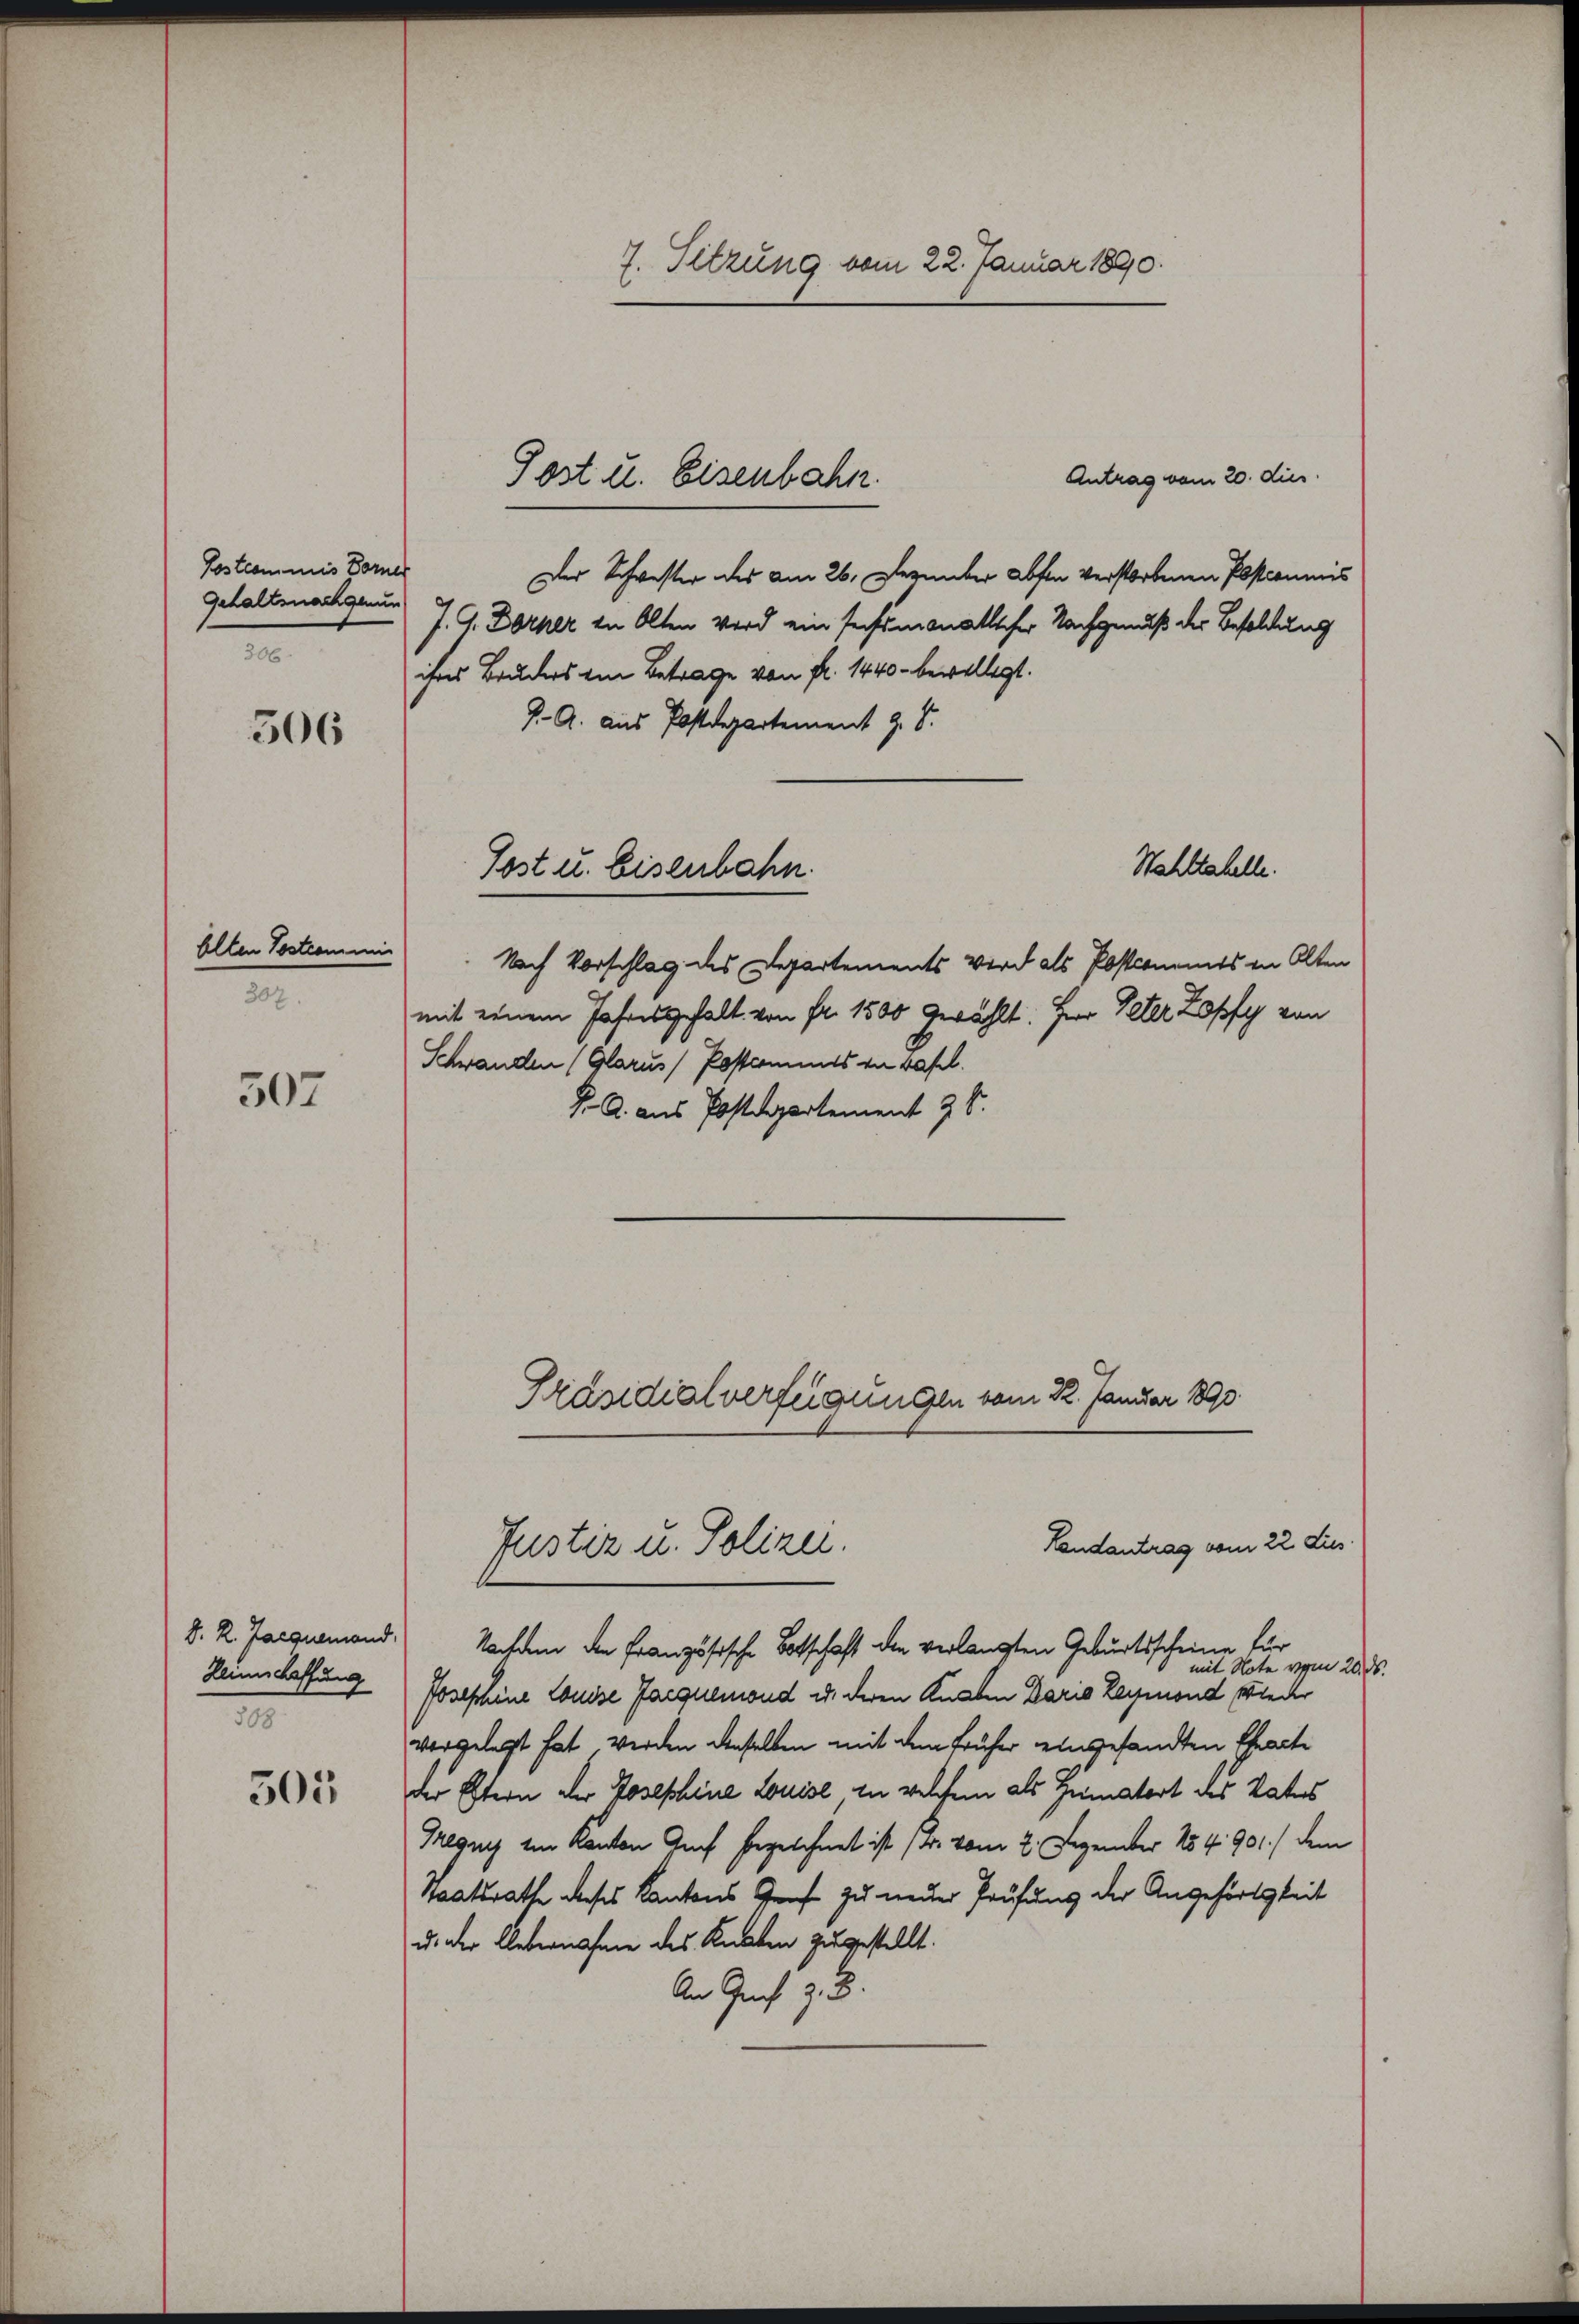
Postcommis Dorne
Gehaltsnachgenun
306

506

Ellen Postcommi
307.

507

Heimschaffung
1

305

7. Sitzung vom 22. Januar 1890.

Antrag vom 20. dies
Der Schwester des am 26. Dezember absen verstorbenen Postcommis
J. G. Dorner in Olten wird ein sechsmonatlicher Nachgenuß der Besoldung
ihres Bruders im Betrage von fl. 1440. bewilligt.
J. A. aus Postdepartement z. B.
Wahltahelle.
Post u. Eisenbahn
Nach Vorschlag des Departements Wird als Postroments in Alten
mit einem Jahresgehalt von Fr. 1500 gewählt: Herr Peter Zopfy von
Schwanden (Glarus, Postcommes zu kapel.
F. A. aus Postdepartement 28.

Post u. Eisenbahn.

Justiz u. Polizei.

Präsidialverfügungen vom 22. Januar 1890

Landantrag vom 22. Jus
d. R. Jacgiemand. Nachdem den Französische Botschaft den verlangten Geburtsscheine für
mit Note vom 20. d
Josephine Louise Jacquemond u. deren Knaben Dario Reymond wieder
vergelegt hat werden denselben mit dem früher eingesandten Ehearte
der Eltern der Josephine Louise in welchem als Hematort des Vaters
Tregung im Kanton Auf bezeichnet ist (d. vom 2. Dezember 184. 901./ dem
Staatsrath dieses Kantons Grafe zu neuer Prüfung der Angehörigkeit
u. der Uebernahme des Knaben zugestellt.
An Graf z. B.